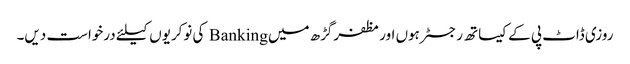
روزی ڈاٹ پی کے کیساتھ رجسٹر ہوں اور مظفرگڑھ میں Banking کی نوکریوں کیلئے درخواست دیں۔